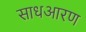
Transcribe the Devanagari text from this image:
साधआरण